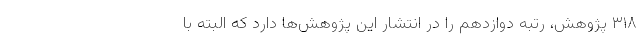
۳۱۸ پژوهش، رتبه دوازدهم را در انتشار این پژوهش‌ها دارد که البته با